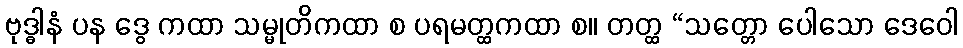
ဗုဒ္ဓါနံ ပန ဒွေ ကထာ သမ္မုတိကထာ စ ပရမတ္ထကထာ စ။ တတ္ထ “သတ္တော ပေါသော ဒေဝေါ